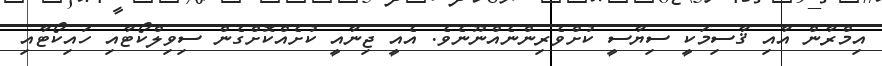
އިމްރާން އާއި ޤާސިމަކީ ސިޔާސީ ކުށްވެރިންނެއްނޫނެވެ. އެއީ ޖިނާއީ ކުށެެއްކޮށްގެން ސިވިލްކޯޓާއި ހައިކޯޓާއި